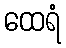
ထေရံ